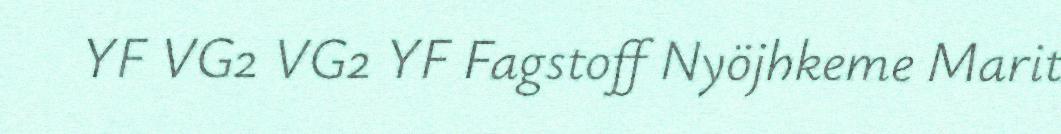
YF VG2 VG2 YF Fagstoff Nyöjhkeme Marit